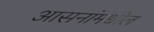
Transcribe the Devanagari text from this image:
आसनांमधील